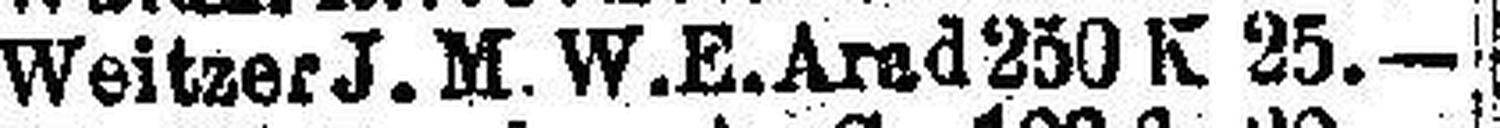
Weitzer J. M. W. E. Arad 250 K 25.—